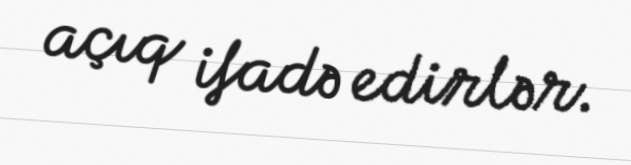
açıq ifadə edirlər.